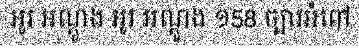
អូរ អណ្តូង អូរ អណ្តូង ១58 ច្បារអំពៅ